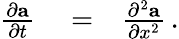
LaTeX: \begin{array}{rlr}{\frac{\partial\mathbf{a}}{\partial t}}&{{}=}&{\frac{\partial^{2}\mathbf{a}}{\partial x^{2}}\, .}\end{array}